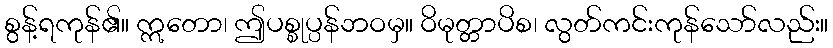
စွန့်ရကုန်၏။ ဣတော၊ ဤပစ္စုပ္ပန်ဘဝမှ။ ဝိမုတ္တာပိစ၊ လွတ်ကင်းကုန်သော်လည်း။